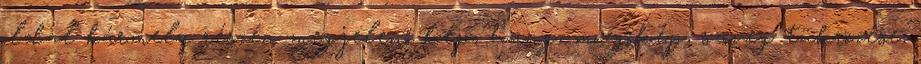
oldal bármely részén megjelenő kép, hang, mozgókép, szöveg tükrözése,